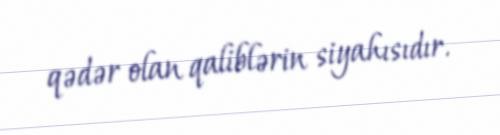
qədər olan qaliblərin siyahısıdır.